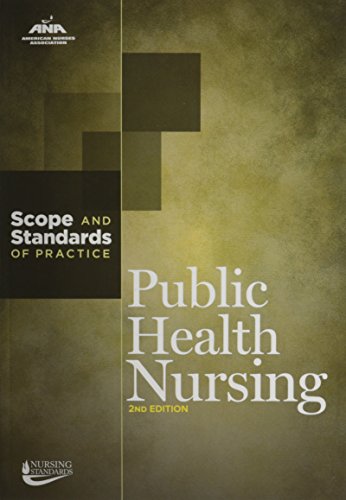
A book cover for Public Health Nursing: Scope and Standards of Practice (American Nurses Association); American Nurses Association; Medical Books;